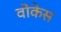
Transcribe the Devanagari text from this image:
वोकेस